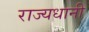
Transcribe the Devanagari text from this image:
राज्यधानी